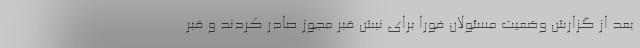
بعد از گزارش وضعیت مسئولان فورا برای نبش قبر مجوز صادر کردند و قبر